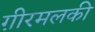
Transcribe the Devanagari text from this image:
ग़ीरमलकी